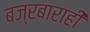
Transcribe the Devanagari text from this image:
बज्रबाराही